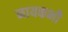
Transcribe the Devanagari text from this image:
नायकभी